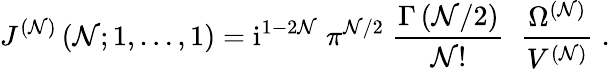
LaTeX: J^{(\mathcal{N})}\left(\mathcal{N};1,\ldots,1\right)=\mathrm{{i}}^{1-2\mathcal{N}}\; \pi^{\mathcal{N}/2}\; \frac{{\Gamma\left(\mathcal{N}/2\right)}}{{\mathcal{N}!}}\; \; \frac{{\Omega^{(\mathcal{N})}}}{{V^{(\mathcal{N})}}}\; .